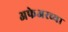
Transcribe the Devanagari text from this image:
अफेअरच्या